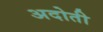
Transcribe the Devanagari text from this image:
अदोती